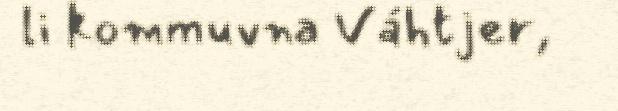
li kommuvna Váhtjer,